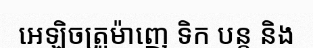
អេឡិចត្រូម៉ាញេ ទិក បន្ត និង